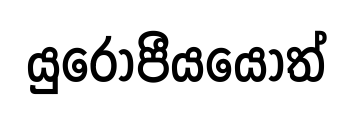
යුරෝපීයයෝත්